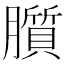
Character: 䑇